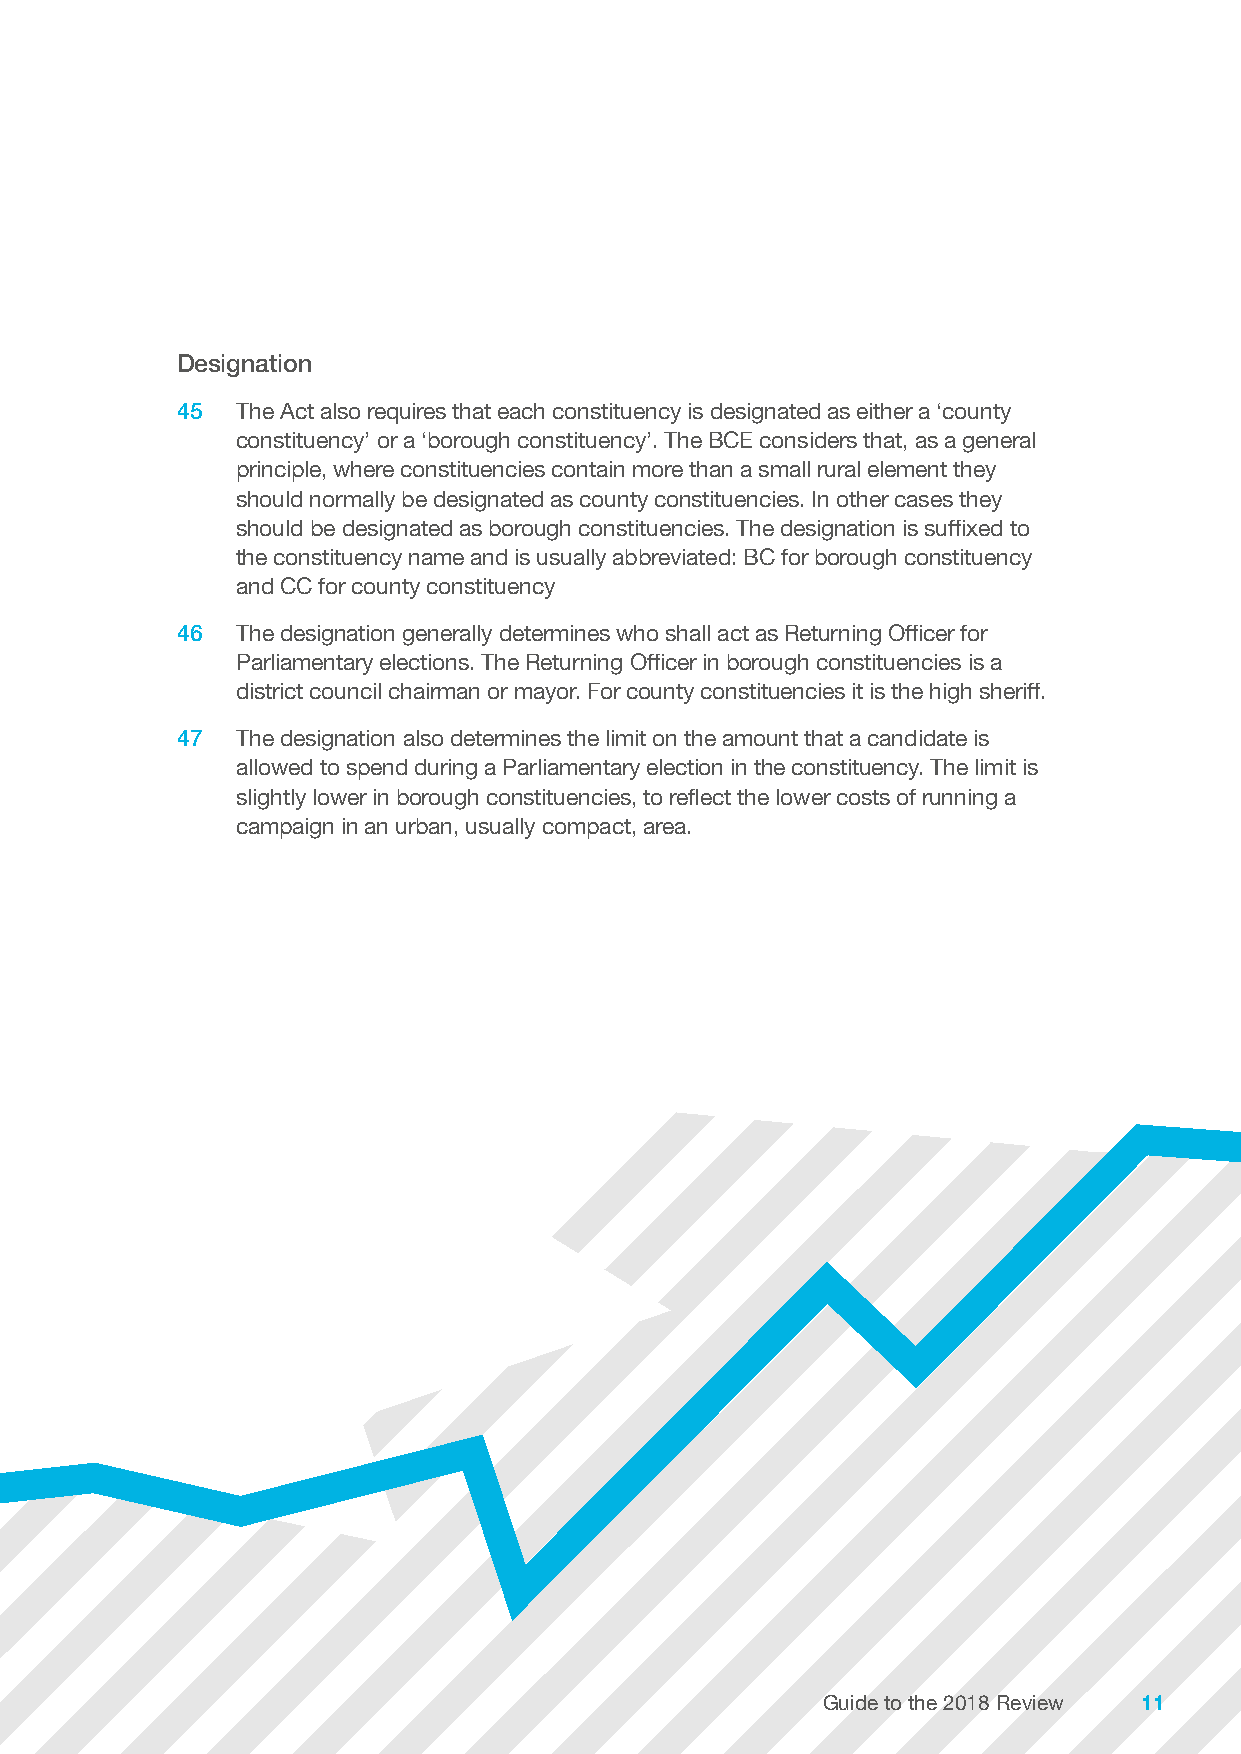
Designation
 45  The Act also requires that each constituency is designated as either a ‘county
 constituency’ or a ‘borough constituency’. The BCE considers that, as a general
 principle, where constituencies contain more than a small rural element they
 should normally be designated as county constituencies. In other cases they
 should be designated as borough constituencies. The designation is suffixed to
 the constituency name and is usually abbreviated: BC for borough constituency
 and CC for county constituency
 46  The designation generally determines who shall act as Returning Officer for
 Parliamentary elections. The Returning Officer in borough constituencies is a
 district council chairman or mayor. For county constituencies it is the high sheriff.
 47  The designation also determines the limit on the amount that a candidate is
 allowed to spend during a Parliamentary election in the constituency. The limit is
 slightly lower in borough constituencies, to reflect the lower costs of running a
 campaign in an urban, usually compact, area.
 GGuuiiddee ttoo tthhee 22001188 RReevviieeww 1111